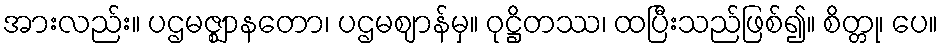
အားလည်း။ ပဌမဇ္ဈာနတော၊ ပဌမဈာန်မှ။ ဝုဋ္ဌိတဿ၊ ထပြီးသည်ဖြစ်၍။ စိတ္တု၊ ပေ။